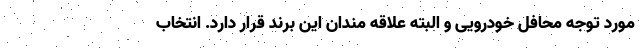
مورد توجه محافل خودرویی و البته علاقه مندان این برند قرار دارد. انتخاب